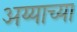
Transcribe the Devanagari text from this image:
अय्याच्या